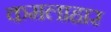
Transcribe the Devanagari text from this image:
कमलाहार